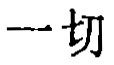
一切